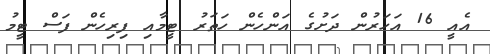
އެއީ 16 އަހަރުން ދަށުގެ އަންހެން ހަތަރު ޓީމާއި ފިރިހެން ފަސް ޓީމު